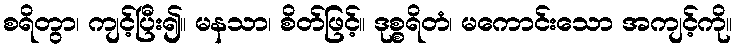
စရိတွာ၊ ကျင့်ပြီး၍။ မနသာ၊ စိတ်ဖြင့်။ ဒုစ္စရိတံ၊ မကောင်းသော အကျင့်ကို။